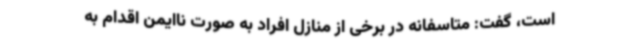
است، گفت: متاسفانه در برخی از منازل افراد به صورت ناایمن اقدام به